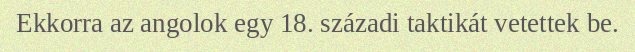
Ekkorra az angolok egy 18. századi taktikát vetettek be.